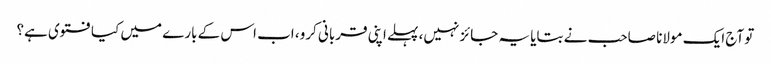
تو آج ایک مولانا صاحب نے بتایا یہ جائز نہیں، پہلے اپنی قربانی کرو، اب اس کے بارے میں کیا فتوی ہے؟